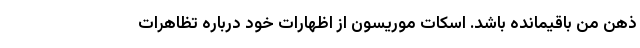
ذهن من باقیمانده باشد. اسکات موریسون از اظهارات خود درباره تظاهرات